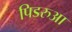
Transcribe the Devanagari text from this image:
पिडरुआ